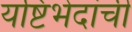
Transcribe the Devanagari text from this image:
यष्टिभेदांची